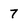
Character: 7